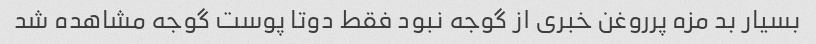
بسیار بد مزه پرروغن خبری از گوجه نبود فقط دو‌تا پوست گوجه مشاهده شد